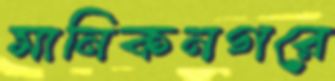
মানিকনগরে